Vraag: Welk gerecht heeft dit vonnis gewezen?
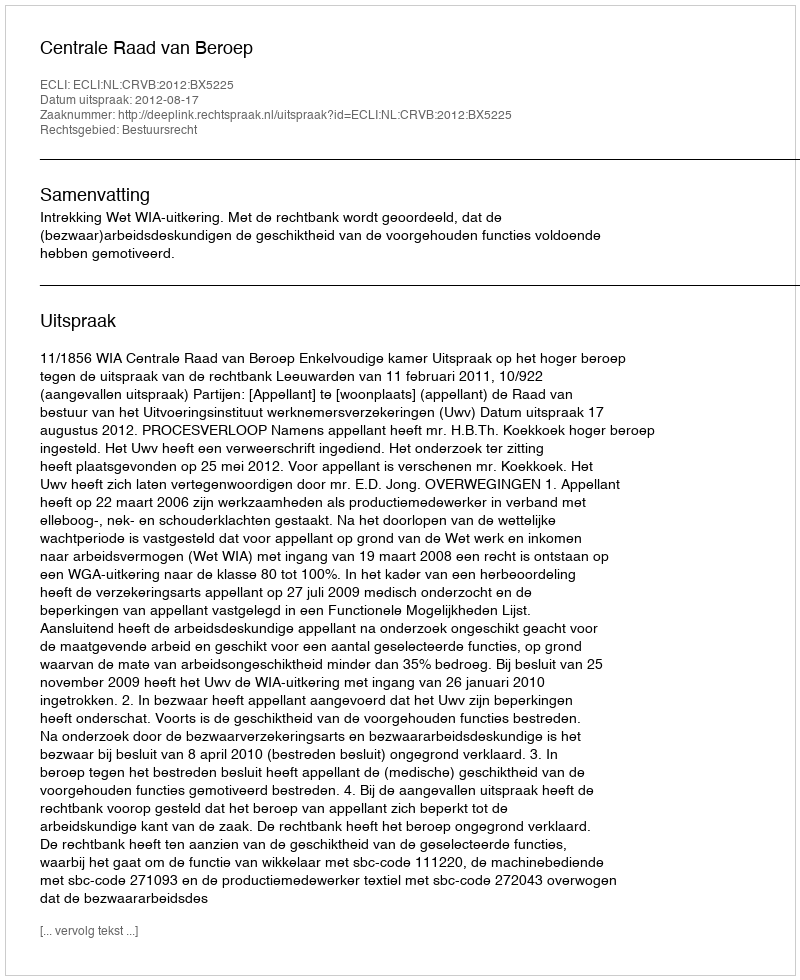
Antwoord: Centrale Raad van Beroep